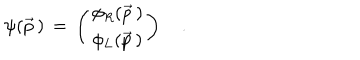
LaTeX: \psi ( \vec { p } \, ) \, = \, \left( \begin{array} { c c } { { \phi _ { R } ( \vec { p } \, ) } } \\ { { \phi _ { L } ( \vec { p } \, ) } } \\ \end{array} \right) \quad .